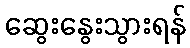
ဆွေးနွေးသွားရန်